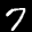
Label: 7